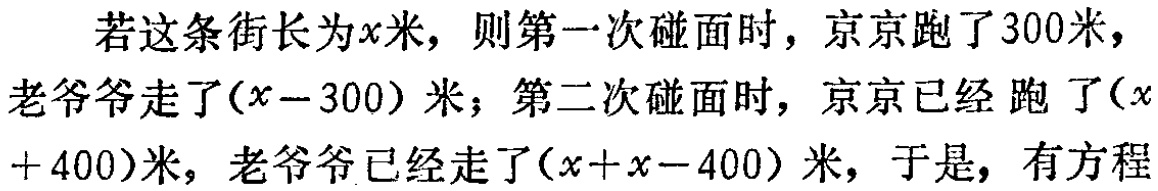
若这条街长为\(x\)米，则第一次碰面时，京京跑了\(300\)米，老爷爷走了\((x - 300)\)米；第二次碰面时，京京已经跑了\((x + 400)\)米，老爷爷已经走了\((x + x - 400)\)米，于是，有方程